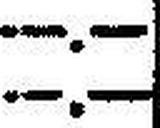
—.—